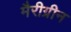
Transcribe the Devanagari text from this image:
मैरीग्रीन